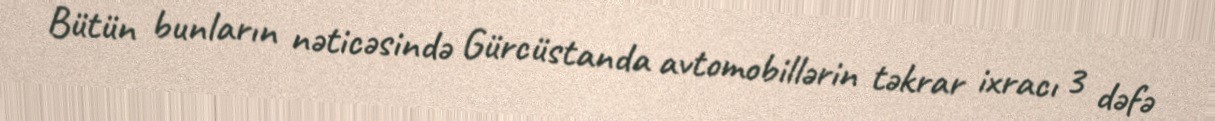
Bütün bunların nəticəsində Gürcüstanda avtomobillərin təkrar ixracı 3 dəfə